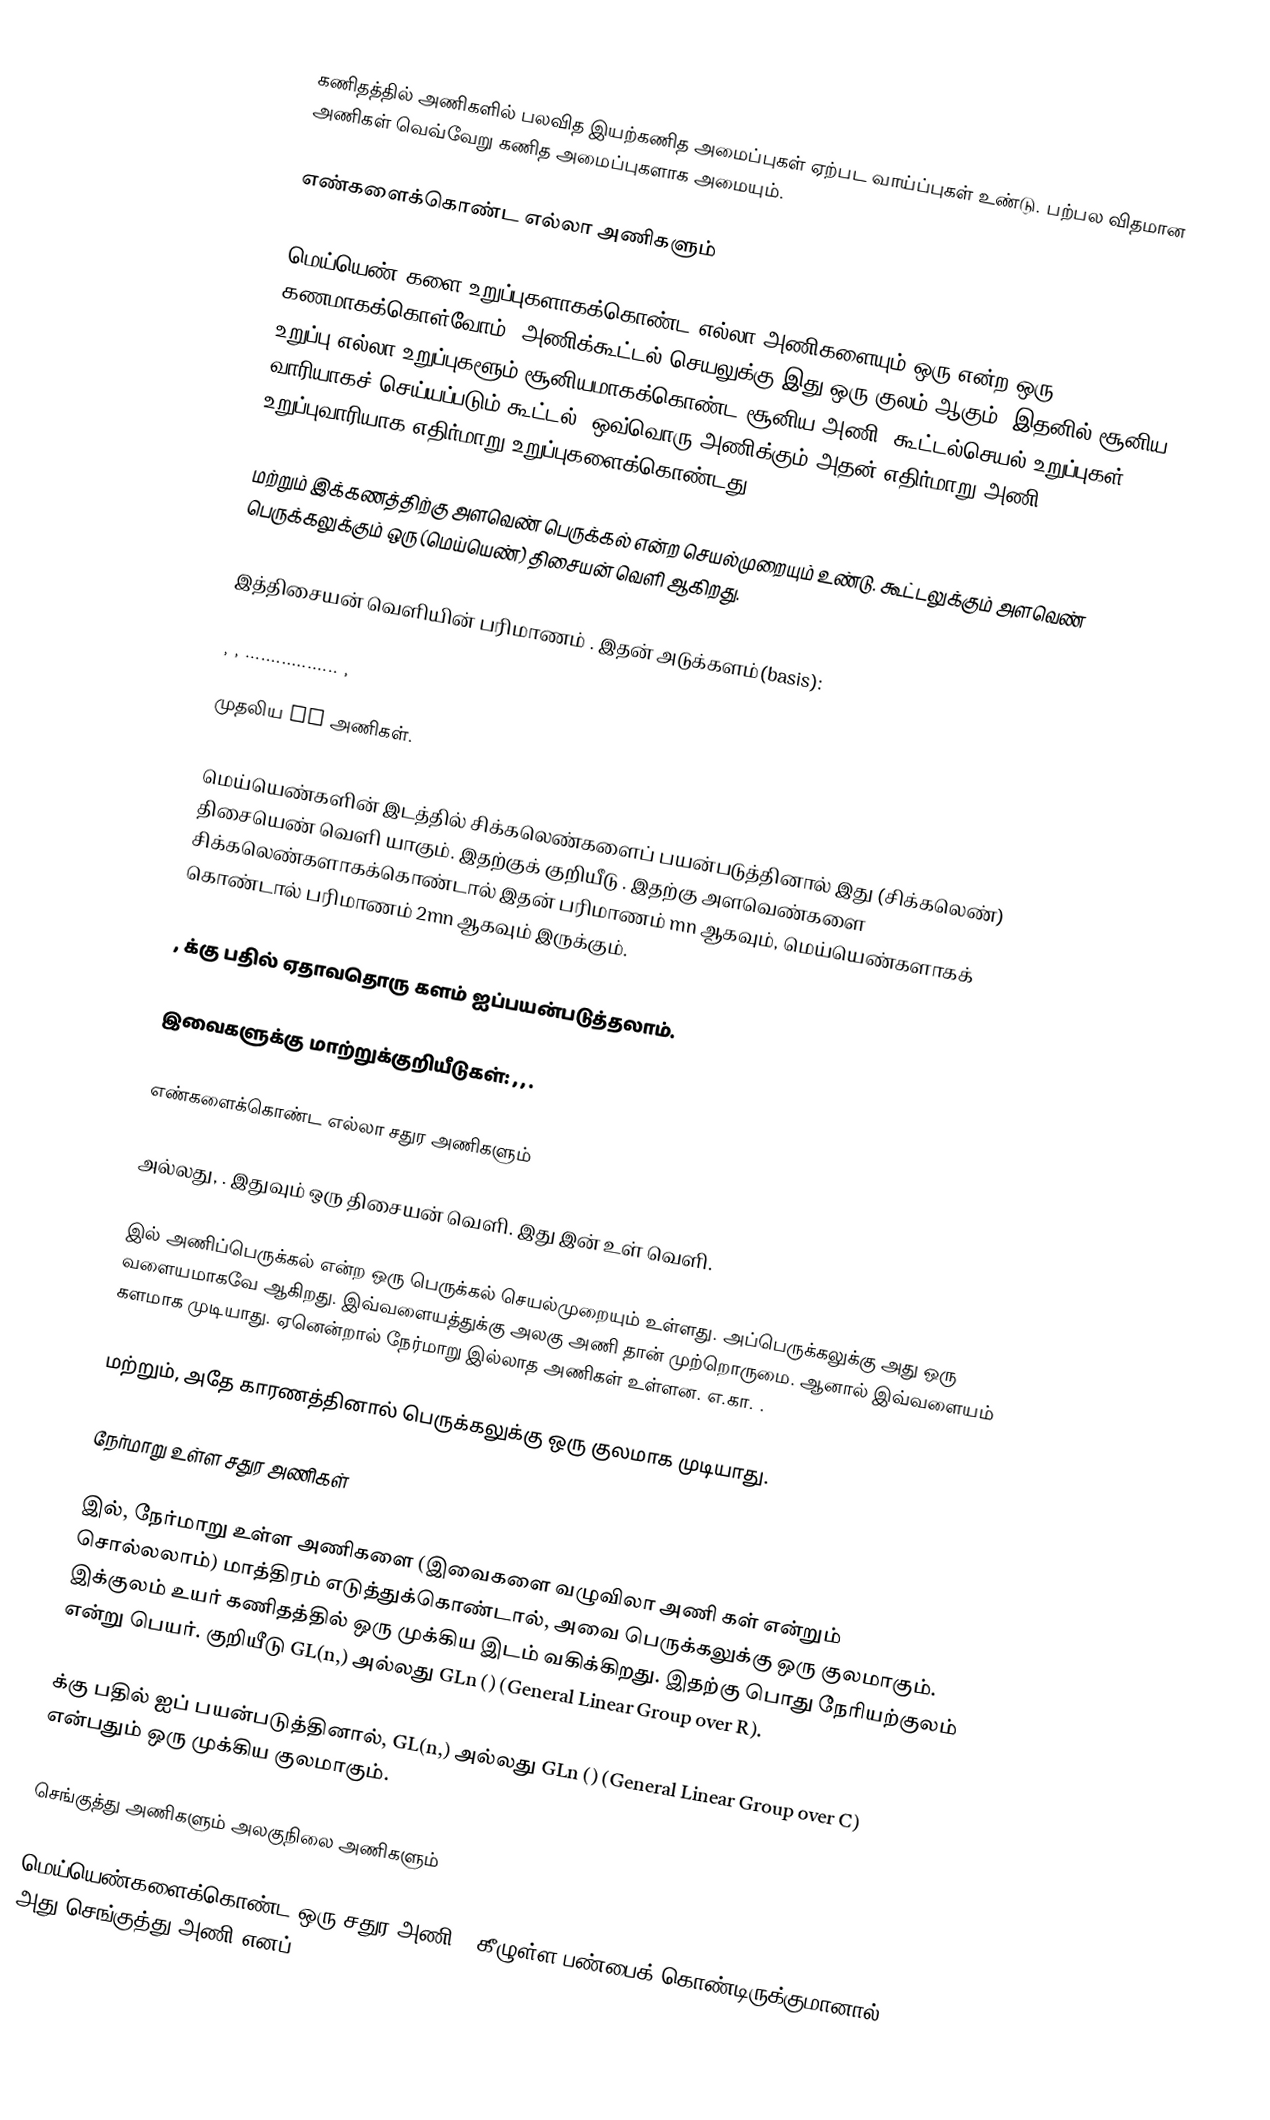
கணிதத்தில் அணிகளில் பலவித இயற்கணித அமைப்புகள் ஏற்பட வாய்ப்புகள் உண்டு. பற்பல விதமான அணிகள் வெவ்வேறு கணித அமைப்புகளாக அமையும்.

எண்களைக்கொண்ட எல்லா அணிகளும்

மெய்யெண் களை உறுப்புகளாகக்கொண்ட எல்லா அணிகளையும் ஒரு  என்ற ஒரு கணமாகக்கொள்வோம். அணிக்கூட்டல் செயலுக்கு இது ஒரு குலம் ஆகும். இதனில் சூனிய உறுப்பு எல்லா உறுப்புகளூம் சூனியமாகக்கொண்ட சூனிய அணி. கூட்டல்செயல் உறுப்புகள் வாரியாகச் செய்யப்படும் கூட்டல். ஒவ்வொரு அணிக்கும் அதன் எதிர்மாறு அணி உறுப்புவாரியாக எதிர்மாறு உறுப்புகளைக்கொண்டது.

மற்றும் இக்கணத்திற்கு அளவெண் பெருக்கல் என்ற செயல்முறையும் உண்டு. கூட்டலுக்கும் அளவெண் பெருக்கலுக்கும்  ஒரு (மெய்யெண்) திசையன் வெளி ஆகிறது.

இத்திசையன் வெளியின் பரிமாணம் . இதன் அடுக்களம்(basis):

 , , .................. ,

முதலிய mn அணிகள்.

மெய்யெண்களின் இடத்தில் சிக்கலெண்களைப் பயன்படுத்தினால் இது (சிக்கலெண்) திசையெண் வெளி யாகும். இதற்குக் குறியீடு . இதற்கு அளவெண்களை சிக்கலெண்களாகக்கொண்டால் இதன் பரிமாணம் mn ஆகவும், மெய்யெண்களாகக் கொண்டால் பரிமாணம் 2mn ஆகவும் இருக்கும்.

, க்கு பதில் ஏதாவதொரு களம்  ஐப்பயன்படுத்தலாம்.

இவைகளுக்கு மாற்றுக்குறியீடுகள்: , , .

எண்களைக்கொண்ட எல்லா சதுர அணிகளும்

 அல்லது,  . இதுவும் ஒரு திசையன் வெளி. இது  இன் உள் வெளி.

 இல் அணிப்பெருக்கல் என்ற ஒரு பெருக்கல் செயல்முறையும் உள்ளது. அப்பெருக்கலுக்கு அது ஒரு வளையமாகவே ஆகிறது. இவ்வளையத்துக்கு அலகு அணி தான் முற்றொருமை. ஆனால் இவ்வளையம் களமாக முடியாது. ஏனென்றால் நேர்மாறு இல்லாத அணிகள் உள்ளன. எ.கா. .

மற்றும், அதே காரணத்தினால்  பெருக்கலுக்கு ஒரு குலமாக முடியாது.

நேர்மாறு உள்ள சதுர அணிகள்

 இல், நேர்மாறு உள்ள அணிகளை (இவைகளை வழுவிலா அணி கள் என்றும் சொல்லலாம்) மாத்திரம் எடுத்துக்கொண்டால், அவை பெருக்கலுக்கு ஒரு குலமாகும். இக்குலம் உயர் கணிதத்தில் ஒரு முக்கிய இடம் வகிக்கிறது. இதற்கு பொது நேரியற்குலம் என்று பெயர். குறியீடு GL(n,) அல்லது GLn () (General Linear Group over R).

 க்கு பதில்  ஐப் பயன்படுத்தினால், GL(n,) அல்லது GLn () (General Linear Group over C) என்பதும் ஒரு முக்கிய குலமாகும்.

செங்குத்து அணிகளும் அலகுநிலை அணிகளும்

மெய்யெண்களைக்கொண்ட ஒரு சதுர அணி M கீழுள்ள பண்பைக் கொண்டிருக்குமானால் அது செங்குத்து அணி எனப்